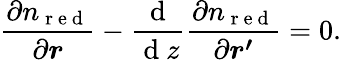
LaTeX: \frac{\partial n_{\mathrm{~r~e~d~}}}{\partial\boldsymbol{r}}-\frac{\mathrm{~d~}}{\mathrm{~d~}z}\frac{\partial n_{\mathrm{~r~e~d~}}}{\partial\boldsymbol{r^{\prime}}}=0.